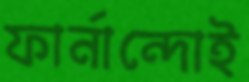
ফার্নান্দোই